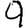
Digit: 9